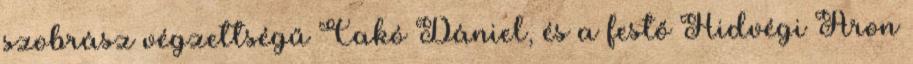
szobrász végzettségű Cakó Dániel, és a festő Hidvégi Áron